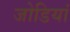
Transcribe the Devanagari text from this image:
जोडियां